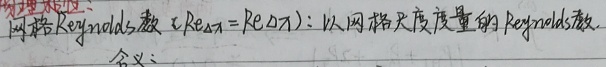
网格Reynolds数 \(Re_{\text{\Delta} x}=Re(\Delta x)\)：以网格尺度度量的Reynolds数。含义：